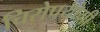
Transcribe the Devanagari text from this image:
चिरोपयोगी